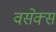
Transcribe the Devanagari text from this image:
वसेक्स